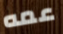
عمه